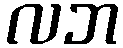
လဘ